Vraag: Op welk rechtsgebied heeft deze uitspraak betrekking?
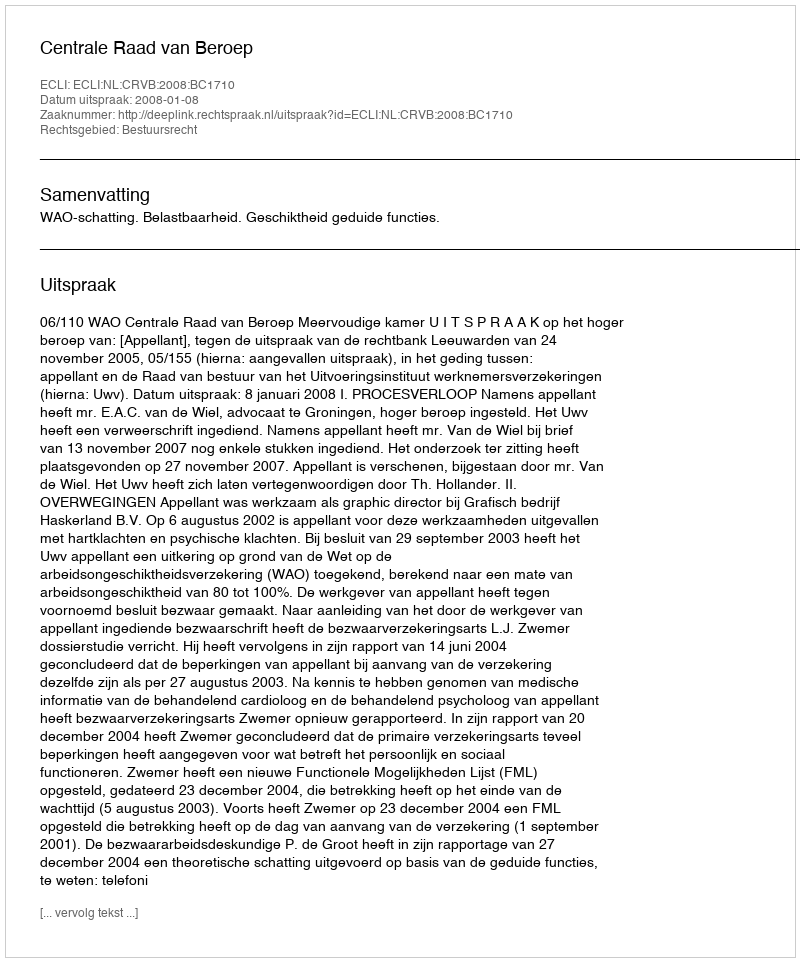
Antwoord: Bestuursrecht